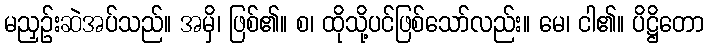
မညှဉ်းဆဲအပ်သည်။ အမှိ၊ ဖြစ်၏။ စ၊ ထိုသို့ပင်ဖြစ်သော်လည်း။ မေ၊ ငါ၏။ ပိဋ္ဌိတော